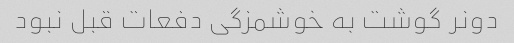
دونر گوشت به خوشمزگی دفعات قبل نبود